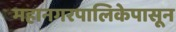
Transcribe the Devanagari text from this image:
महानगरपालिकेपासून